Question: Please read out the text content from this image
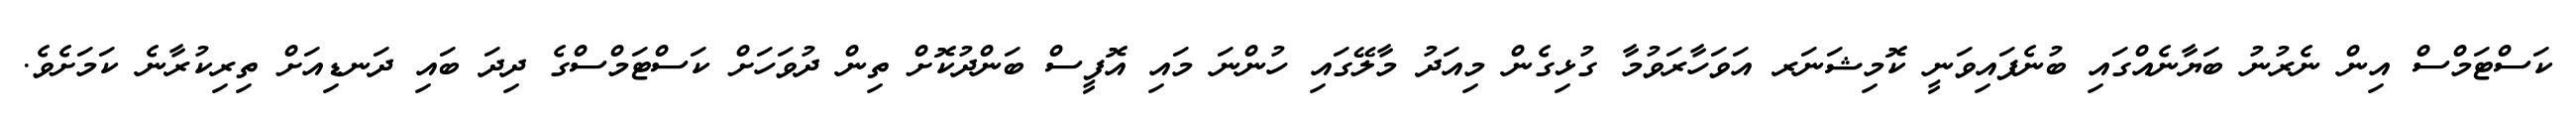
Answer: ކަސްޓަމްސް އިން ނެރުނު ބަޔާނެއްގައި ބުނެފައިވަނީ ކޮމިޝަނަރ އަވަހާރަވުމާ ގުޅިގެން މިއަދު މާލޭގައި ހުންނަ މައި އޮފީސް ބަންދުކޮށް ތިން ދުވަހަށް ކަސްޓަމްސްގެ ދިދަ ބައި ދަނޑިއަށް ތިރިކުރާނެ ކަމަށެވެ.